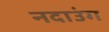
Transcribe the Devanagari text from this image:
नदाउंग